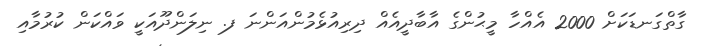
ގާތްގަނޑަކަށް 2000 އެއްހާ މީޙުންގެ އާބާދީއެއް ދިރިއުޅެމުންއަންނަ ފ. ނިލަންދޫއަކީ ވައްކަން ކުރުމާއި